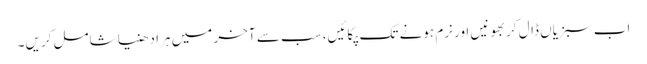
اب سبزیاں ڈال کر بھونیں اور نرم ہونے تک پکائیں، سب سے آخر میں ہرا دھنیا شامل کریں۔